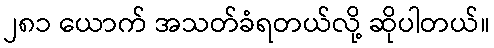
၂၈၁ ယောက် အသတ်ခံရတယ်လို့ ဆိုပါတယ်။